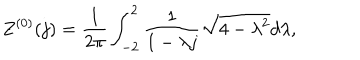
Z ^ { ( 0 ) } ( j ) = \frac { 1 } { 2 \pi } \int _ { - 2 } ^ { 2 } \frac { 1 } { 1 - \lambda j } \sqrt { 4 - \lambda ^ { 2 } } d \lambda ,